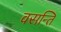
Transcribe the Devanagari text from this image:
वसन्ति